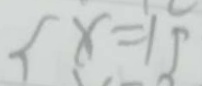
x = 1 5